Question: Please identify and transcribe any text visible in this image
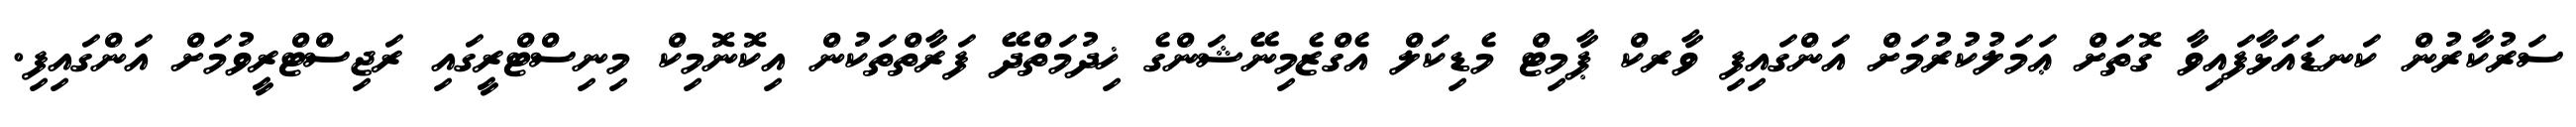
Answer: ސަރުކާރުން ކަނޑައަޅާފައިވާ ގޮތަށް ޢަމަލުކުރުމަށް އަންގައިފި ވާރކް ޕާމިޓް މެޑިކަލް އެގްޒެމިނޭޝަންގެ ޚިދުމަތްދޭ ފަރާތްތަކުން އިކޮނޮމިކް މިނިސްޓްރީގައި ރަޖިސްޓްރީވުމަށް އަންގައިފި.